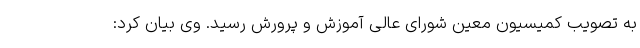
به تصویب کمیسیون معین شورای عالی آموزش و پرورش رسید. وی بیان کرد: